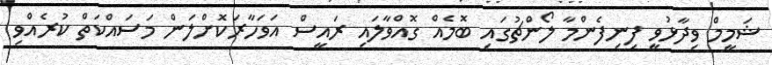
ޝަމީމް ވިދާޅުވީ ފިނިފެންމާ ލޯންޗުގައި ބޮމެއް ގޮއްވާލައި ރައީސް އަވަހާރަކޮށްލަން މަސައްކަތް ކުރެއްވި